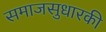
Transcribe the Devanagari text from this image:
समाजसुधारकी